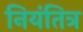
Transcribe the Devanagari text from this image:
नियंतित्र